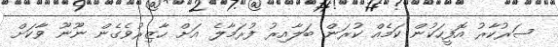
ސަރުކާރު އޮފީހަކުން ކަމެއް ކުރަން ބަލާއިރު ފުރަމާލެ އަށް ހާޒިރުވެގެން ނޫނޫ ވާކަށް